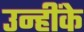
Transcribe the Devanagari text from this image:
उन्हींके